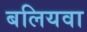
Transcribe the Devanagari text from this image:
बलियवा